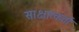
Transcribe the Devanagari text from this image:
साक्षात्कर्ता